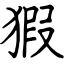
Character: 猳